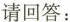
请回答：